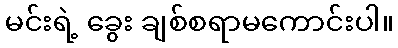
မင်းရဲ့ ခွေး ချစ်စရာမကောင်းပါ။